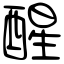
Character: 醒